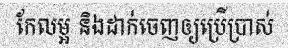
កែលម្អ និងដាក់ចេញឲ្យប្រើប្រាស់